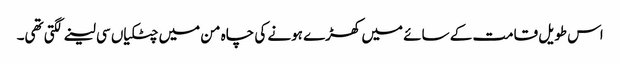
اس طویل قامت کے سائے میں کھڑے ہونے کی چاہ من میں چٹکیاں سی لینے لگتی تھی۔